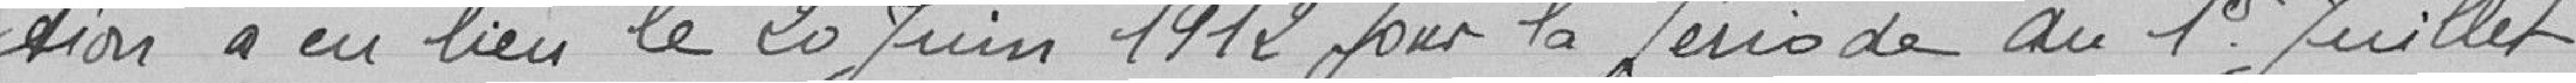
tionnement de place ou de location à percevoir dans toute l'éten-